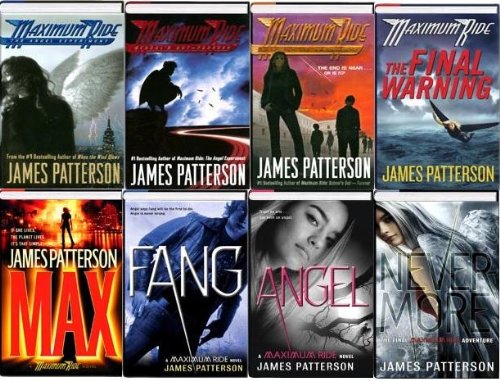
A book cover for The Complete Maximum Ride Series (Angel Experiment, School's Out Forever, Saving the World and Other Extreme Sports, The Final Warning, Max, Fang, Angel, Nevermore) (Maximum Ride, 1-8); James Patterson; Sports & Outdoors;